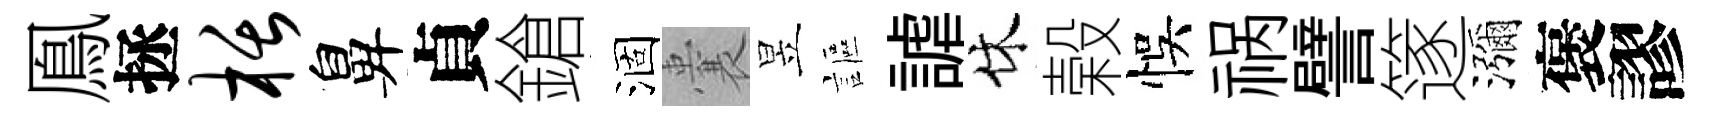
鳯拯栝鼻貞鎗涸囊昱謳謔休榖悞祸譬篴瀰褒謬